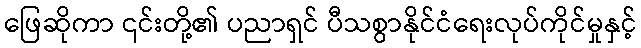
ဖြေဆိုကာ ၎င်းတို့၏ ပညာရှင် ပီသစွာနိုင်ငံရေးလုပ်ကိုင်မှုနှင့်